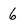
Character: 6